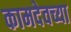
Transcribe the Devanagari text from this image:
कामदेवच्या